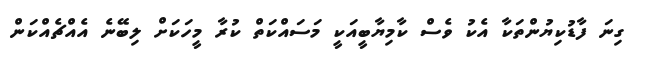
ގިނަ ފާޑުކިޔުންތަކާ އެކު ވެސް ކާމިޔާބީއަކީ މަސައްކަތް ކުރާ މީހަކަށް ލިބޭނެ އެއްޗެއްކަން